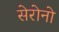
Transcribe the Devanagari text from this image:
सेरोनो